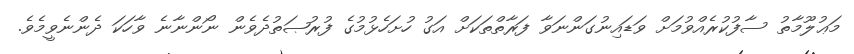
މަޢުލޫމާތު ސާފުކުރެއްވުމަަށް ވަޑައިނުގަންނަވާ ފަރާތްތަކަށް އަގު ހުށަހެޅުމުގެ ފުރުޞަތުދެވެން ނޯންނާނެ ވާހަކަ ދެންނެވީމެވެ.